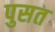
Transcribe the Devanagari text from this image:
पुसत